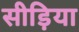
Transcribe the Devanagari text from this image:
सीड़िया